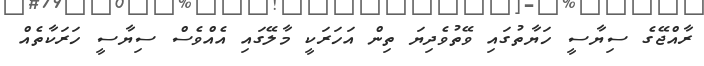
ރާއްޖޭގެ ސިޔާސީ ހަޔާތުގައި ވޭތުވެދިޔަ ތިން އަހަރަކީ މާލޭގައި އެއްވެސް ސިޔާސީ ހަރަކާތެއް